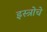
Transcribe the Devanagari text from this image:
इस्त्रोचे